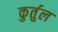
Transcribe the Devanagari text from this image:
कुर्तुल